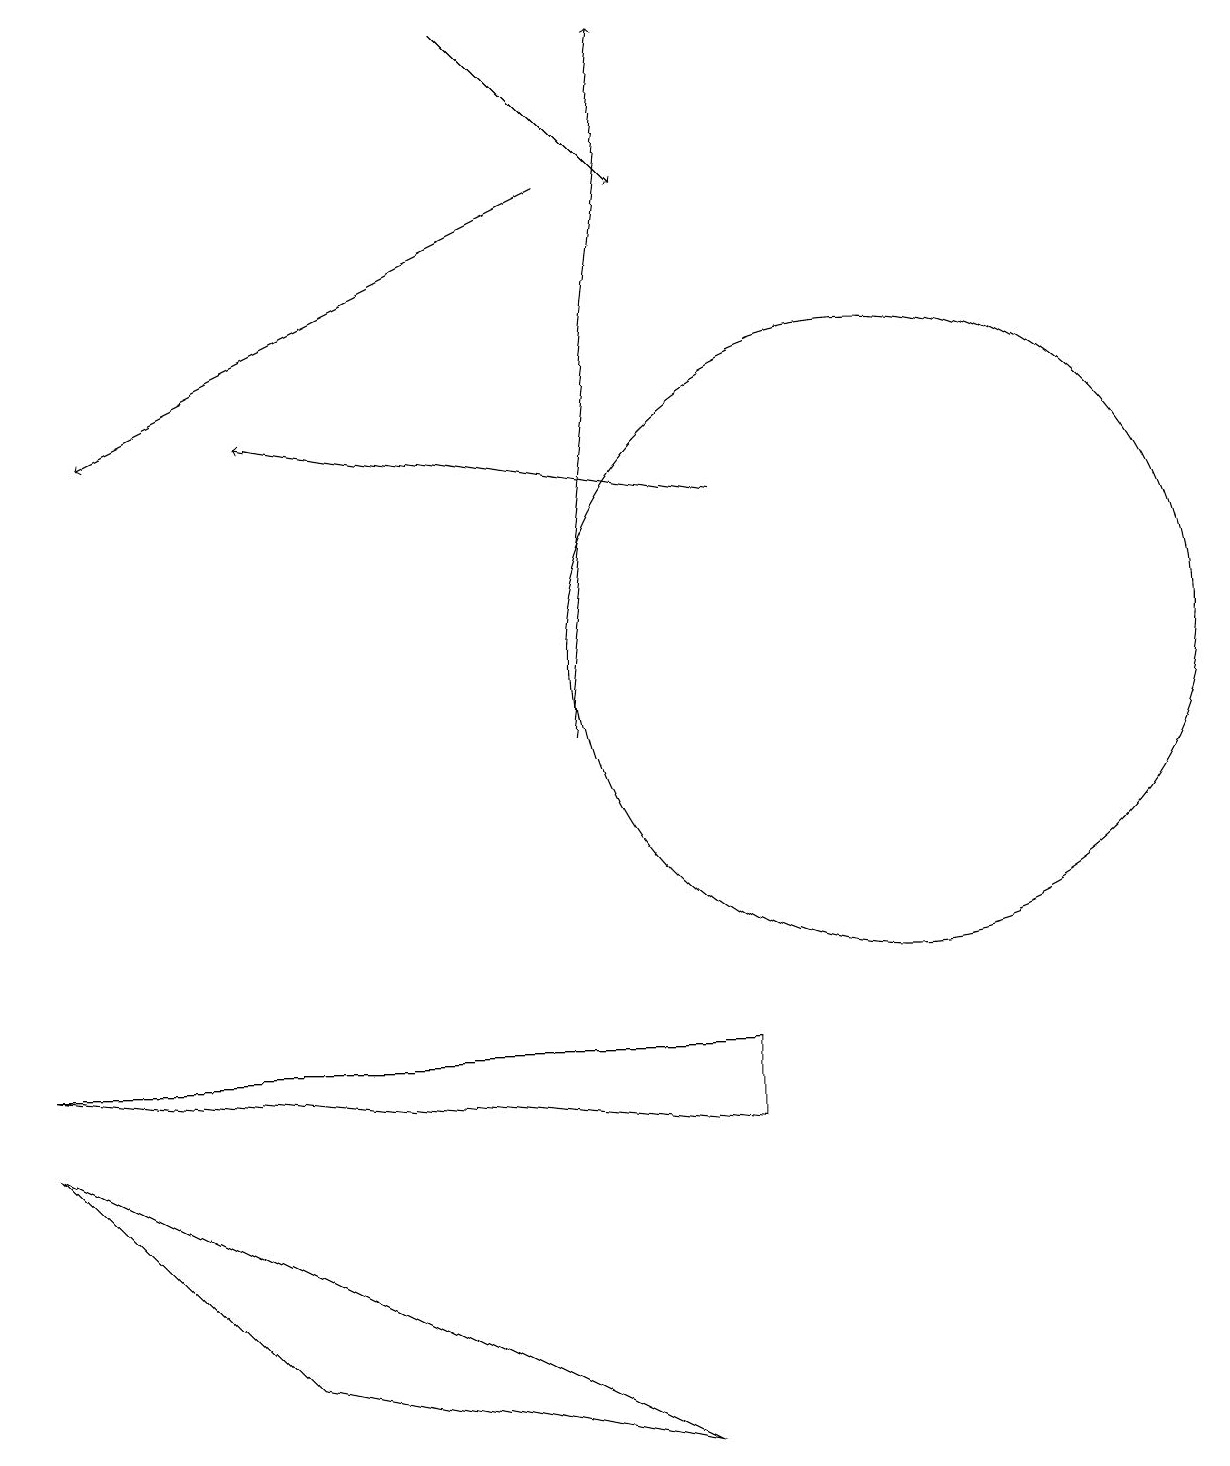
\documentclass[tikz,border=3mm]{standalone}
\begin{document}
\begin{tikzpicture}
\draw[->] (6,19) -- (8,17);
\draw[->] (7,17) -- (1,14);
\draw (11,11) circle (4);
\draw[->] (7,10) -- (8,19);
\draw[->] (9,13) -- (3,14);
\draw (9,5) -- (9,6) -- (0,6) -- cycle;
\draw (0,5) -- (8,1) -- (3,2) -- cycle;
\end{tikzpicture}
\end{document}